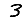
Digit: 3